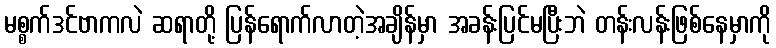
မစ္စက်ဒင်ဗာကလဲ ဆရာတို့ ပြန်ရောက်လာတဲ့အချိန်မှာ အခန်းပြင်မပြီးဘဲ တန်းလန်းဖြစ်နေမှာကို